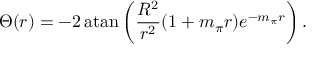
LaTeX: \Theta ( r ) = - 2 \, \mathrm { a t a n } \left( { \frac { R ^ { 2 } } { r ^ { 2 } } } ( 1 + m _ { \pi } r ) e ^ { - m _ { \pi } r } \right) .